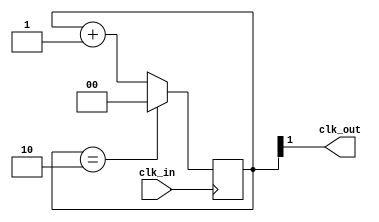
//-----------------------------------------------------------------------------
//-- Divisor de frecuencia entre 3
//-- (c) BQ. August 2015. written by Juan Gonzalez (obijuan)
//-----------------------------------------------------------------------------
//-- GPL license
//-----------------------------------------------------------------------------

//-- Entrada: clk_in. Seal original
//-- Salida: clk_out. Seal de frecuencia 1/3 de la original
module div3(input wire clk_in, output wire clk_out);

reg [1:0] divcounter = 0;

//-- Contador mdulo 3
always @(posedge clk_in)
  if (divcounter == 2) 
    divcounter <= 0;
  else 
    divcounter <= divcounter + 1;

//-- Sacar el bit mas significativo por clk_out
assign clk_out = divcounter[1];

endmodule